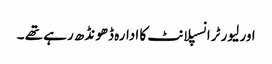
اور لیور ٹرانسپلانٹ کا ادارہ ڈھونڈھ رہے تھے ۔